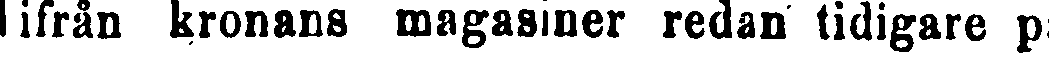
ifrån kronans magasiner redan tidigare på